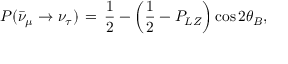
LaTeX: P ( \bar { \nu } _ { \mu } \rightarrow \nu _ { \tau } ) \, = \, \frac { 1 } { 2 } - \left( \frac { 1 } { 2 } - P _ { L Z } \right) \cos 2 \theta _ { B } ,